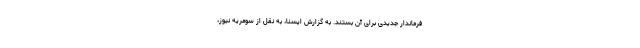
فرماندار جدیدی برای آن بستند. به گزارش ایسنا، به نقل از سومریه نیوز،